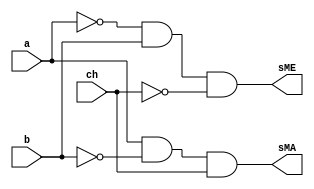
// ------------------------- 
// Exemplo0037
// Nome: Mateus Lara Carvalho
// ------------------------- 

module AU (output sME, output sMA, input a, input b, input ch);
			  
	wire notCH,notA,notB,and1,and2;
	
	not NOT1 (notCH, ch);
	not NOT2 (notA, a);
	not NOT3 (notB, b);
	and AND1 (and1, notA, b);
	and AND2 (and2, a, notB);
	and AND3 (sME, and1, notCH);
	and AND4 (sMA, and2, ch);
endmodule 

module test_AU;
// ------------------------- definir dados
   reg x;
	reg y;
	reg ch;
	wire w;
	wire z;
	
	AU modulo (w, z, x, y, ch);
	
	initial begin: start
		x = 0; 
		y = 0;
		ch= 0;
	end
	
// ------------------------- parte principal
   initial begin
      $display("Exemplo0037 - Mateus Lara Carvalho - 441700");
      $display("Test LU's module");
		$display ("--- CHAVE = 0 ---");
		$monitor("a = %b b = %b sME = %b",x,y,w);
		#1
		x = 0; y = 1; ch = 0;
		#1
		x = 1; y = 0; ch = 0;
		#1
		x = 1; y = 1; ch = 0;
		#1
		$display ("--- CHAVE = 1 ---");
		$monitor("a = %b b = %b sMA = %b",x,y,z);
		x = 0; y = 0; ch = 1;
		#1
		x = 0; y = 1; ch = 1;
		#1 
		x = 1; y = 0; ch = 1;
		#1 
		x = 1; y = 1; ch = 1;						
   end
endmodule // test_LU